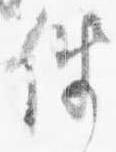
伴